Report of the Imperial Institute of Veterinary Research, Muktesar
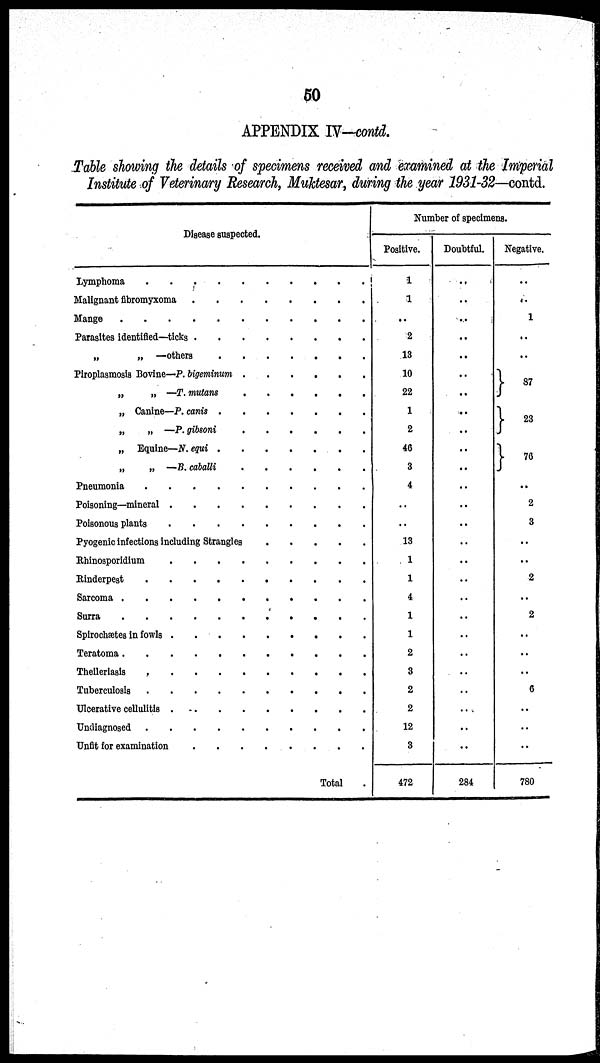
50
APPENDIX IV-contd.
Table showing the details of specimens received and examined at the Imperial
Institute of Veterinary Research, Muktesar, during the year 1931-32—contd.
Disease suspected.
Lymphoma
Malignant fibromyxoma
Mange
Parasites identified-ticks
„ „ -others
Parasites identified-ticks
„ „ -others
„ Canine—P. canis
„ „ -P. gibsoni
„ Equine—N. equi
„ „ -B. caballi
Pneumonia
Poisoning-mineral
Poisonous plants
Pyogenic infections including Strangles
Rhinosporidium
Rinderpest
Sarcoma
Surra
Spirochætes in fowls
Teratoma
Theileriasis
Tuberculosis
Ulcerative cellulitis
Undiagnosed
Unfit for examination...
Total
Number of specimens.
Positive.
1
1
..
2
13
10
22
1
2
46
3
4
..
..
13
1
1
4
1
1
2
3
2
2
12
3
472
Doubtful.
..
..
..
..
..
..
..
..
..
..
..
..
..
..
..
..
..
..
..
..
..
..
..
..
..
..
284
Negative.
..
..
1
..
..
}
87
} 23
}
76
..
2
3
..
..
2
..
2
...
..
..
6
..
..
..
780